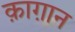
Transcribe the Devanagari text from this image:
क़ाग़ान